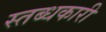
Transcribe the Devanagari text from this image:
स्तब्धकारी